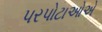
પરપોટાઓએ